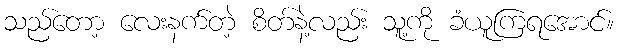
သည်တော့ လေးနက်တဲ့ စိတ်နဲ့လည်း သူ့ကို ခံယူကြရအောင်။